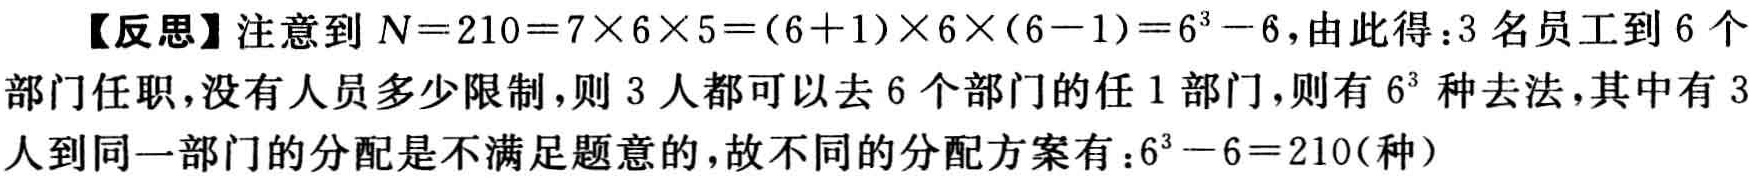
【反思】注意到 \(N = 210=7\times6\times5=(6 + 1)\times6\times(6 - 1)=6^{3}-6\)，由此得：3 名员工到 6 个部门任职，没有人员多少限制，则 3 人都可以去 6 个部门的任 1 部门，则有 \(6^{3}\) 种去法，其中有 3 人到同一部门的分配是不满足题意的，故不同的分配方案有：\(6^{3}-6 = 210\)（种）